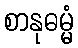
စာနုဓမ္မံ